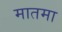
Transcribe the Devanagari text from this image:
मातमा